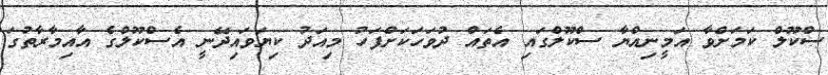
ސްކޫލް ކަމަށްވާ އަމީނިއްޔާ ސްކޫލްގައި އެތައް ދުވަހަކަށްފަހު މިއަދު ކިޔަވައިދޭނީ އެސްކޫލްގެ އާއިމާރާތުގަ